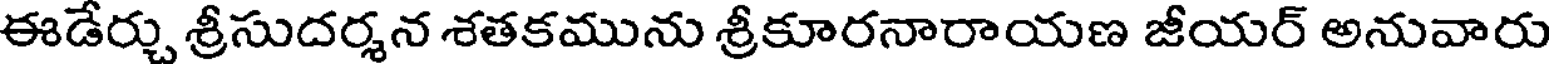
ఈడేర్చు శ్రీసుదర్శన శతకమును శ్రీకూరనారాయణ జీయర్ అనువారు